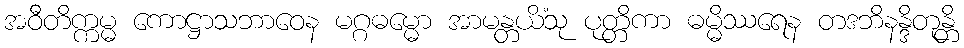
အဝီတိက္ကမ္မ ကောဋ္ဌာသဘာဝေန မဂ္ဂဓမ္မော အာမန္တယိံသု ပုတ္တိကာ ဓမ္မိဿရေန တဒဘိနန္ဒိတုန္တိ